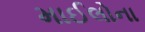
માઈલોના